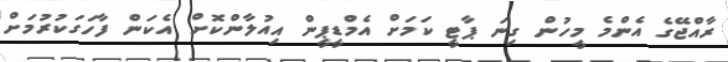
ރާއްޖޭގެ އެންމެ މީހުން ގިނަ ޕާޓީ ކަމަށް އެމްޑީޕީން އިއުލާންކޮށް އެކަން ފާހަގަކުރުމަށް